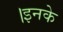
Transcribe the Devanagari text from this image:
।इनके